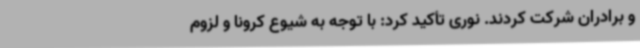
و برادران شرکت کردند. نوری تأکید کرد: با توجه به شیوع کرونا و لزوم